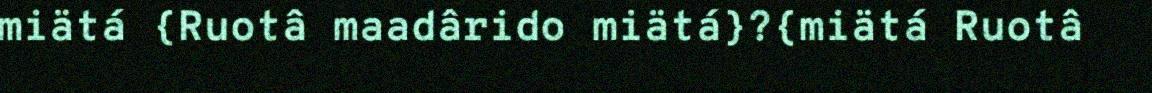
miätá {Ruotâ maadârido miätá}?{miätá Ruotâ